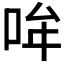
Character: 𪡂